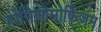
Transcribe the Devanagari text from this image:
होमिओमोर्फिज़म